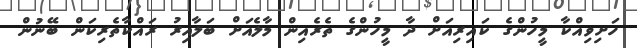
ހަށިވިއްކާ މީހުންގެ ކައިރިއަށް ދާ މީހުންގެ ތެރެއިން މާލެއަށް ބަލާއިރު ރައްކާތެރިކަން ބޭނުން